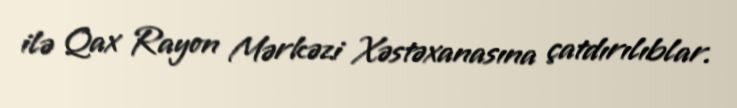
ilə Qax Rayon Mərkəzi Xəstəxanasına çatdırılıblar.